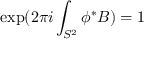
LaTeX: \exp ( 2 \pi i \int _ { S ^ { 2 } } \phi ^ { * } { B } ) = 1